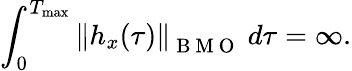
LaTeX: \int_{0}^{T_{\operatorname*{max}}}\left\| h_{x}(\tau)\right\| _{\mathrm{~B~M~O~}}\ d\tau=\infty.